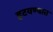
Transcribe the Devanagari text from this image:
हटवण्यात